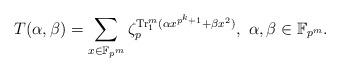
LaTeX: \begin{align*} T(\alpha,\beta)=\sum_{x\in \mathbb{F}_{p^m}}\zeta_p^{{\rm Tr}_1^m(\alpha x^{p^k+1}+\beta x^2)},\ \alpha,\beta \in \mathbb{F}_{p^m}.\end{align*}